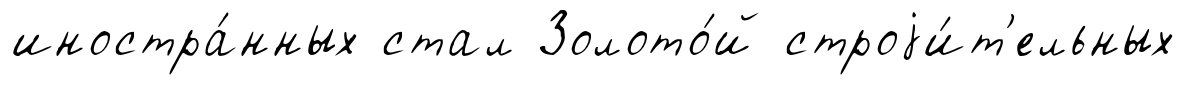
иностра́нных стал Золото́й строjи́т'ельных